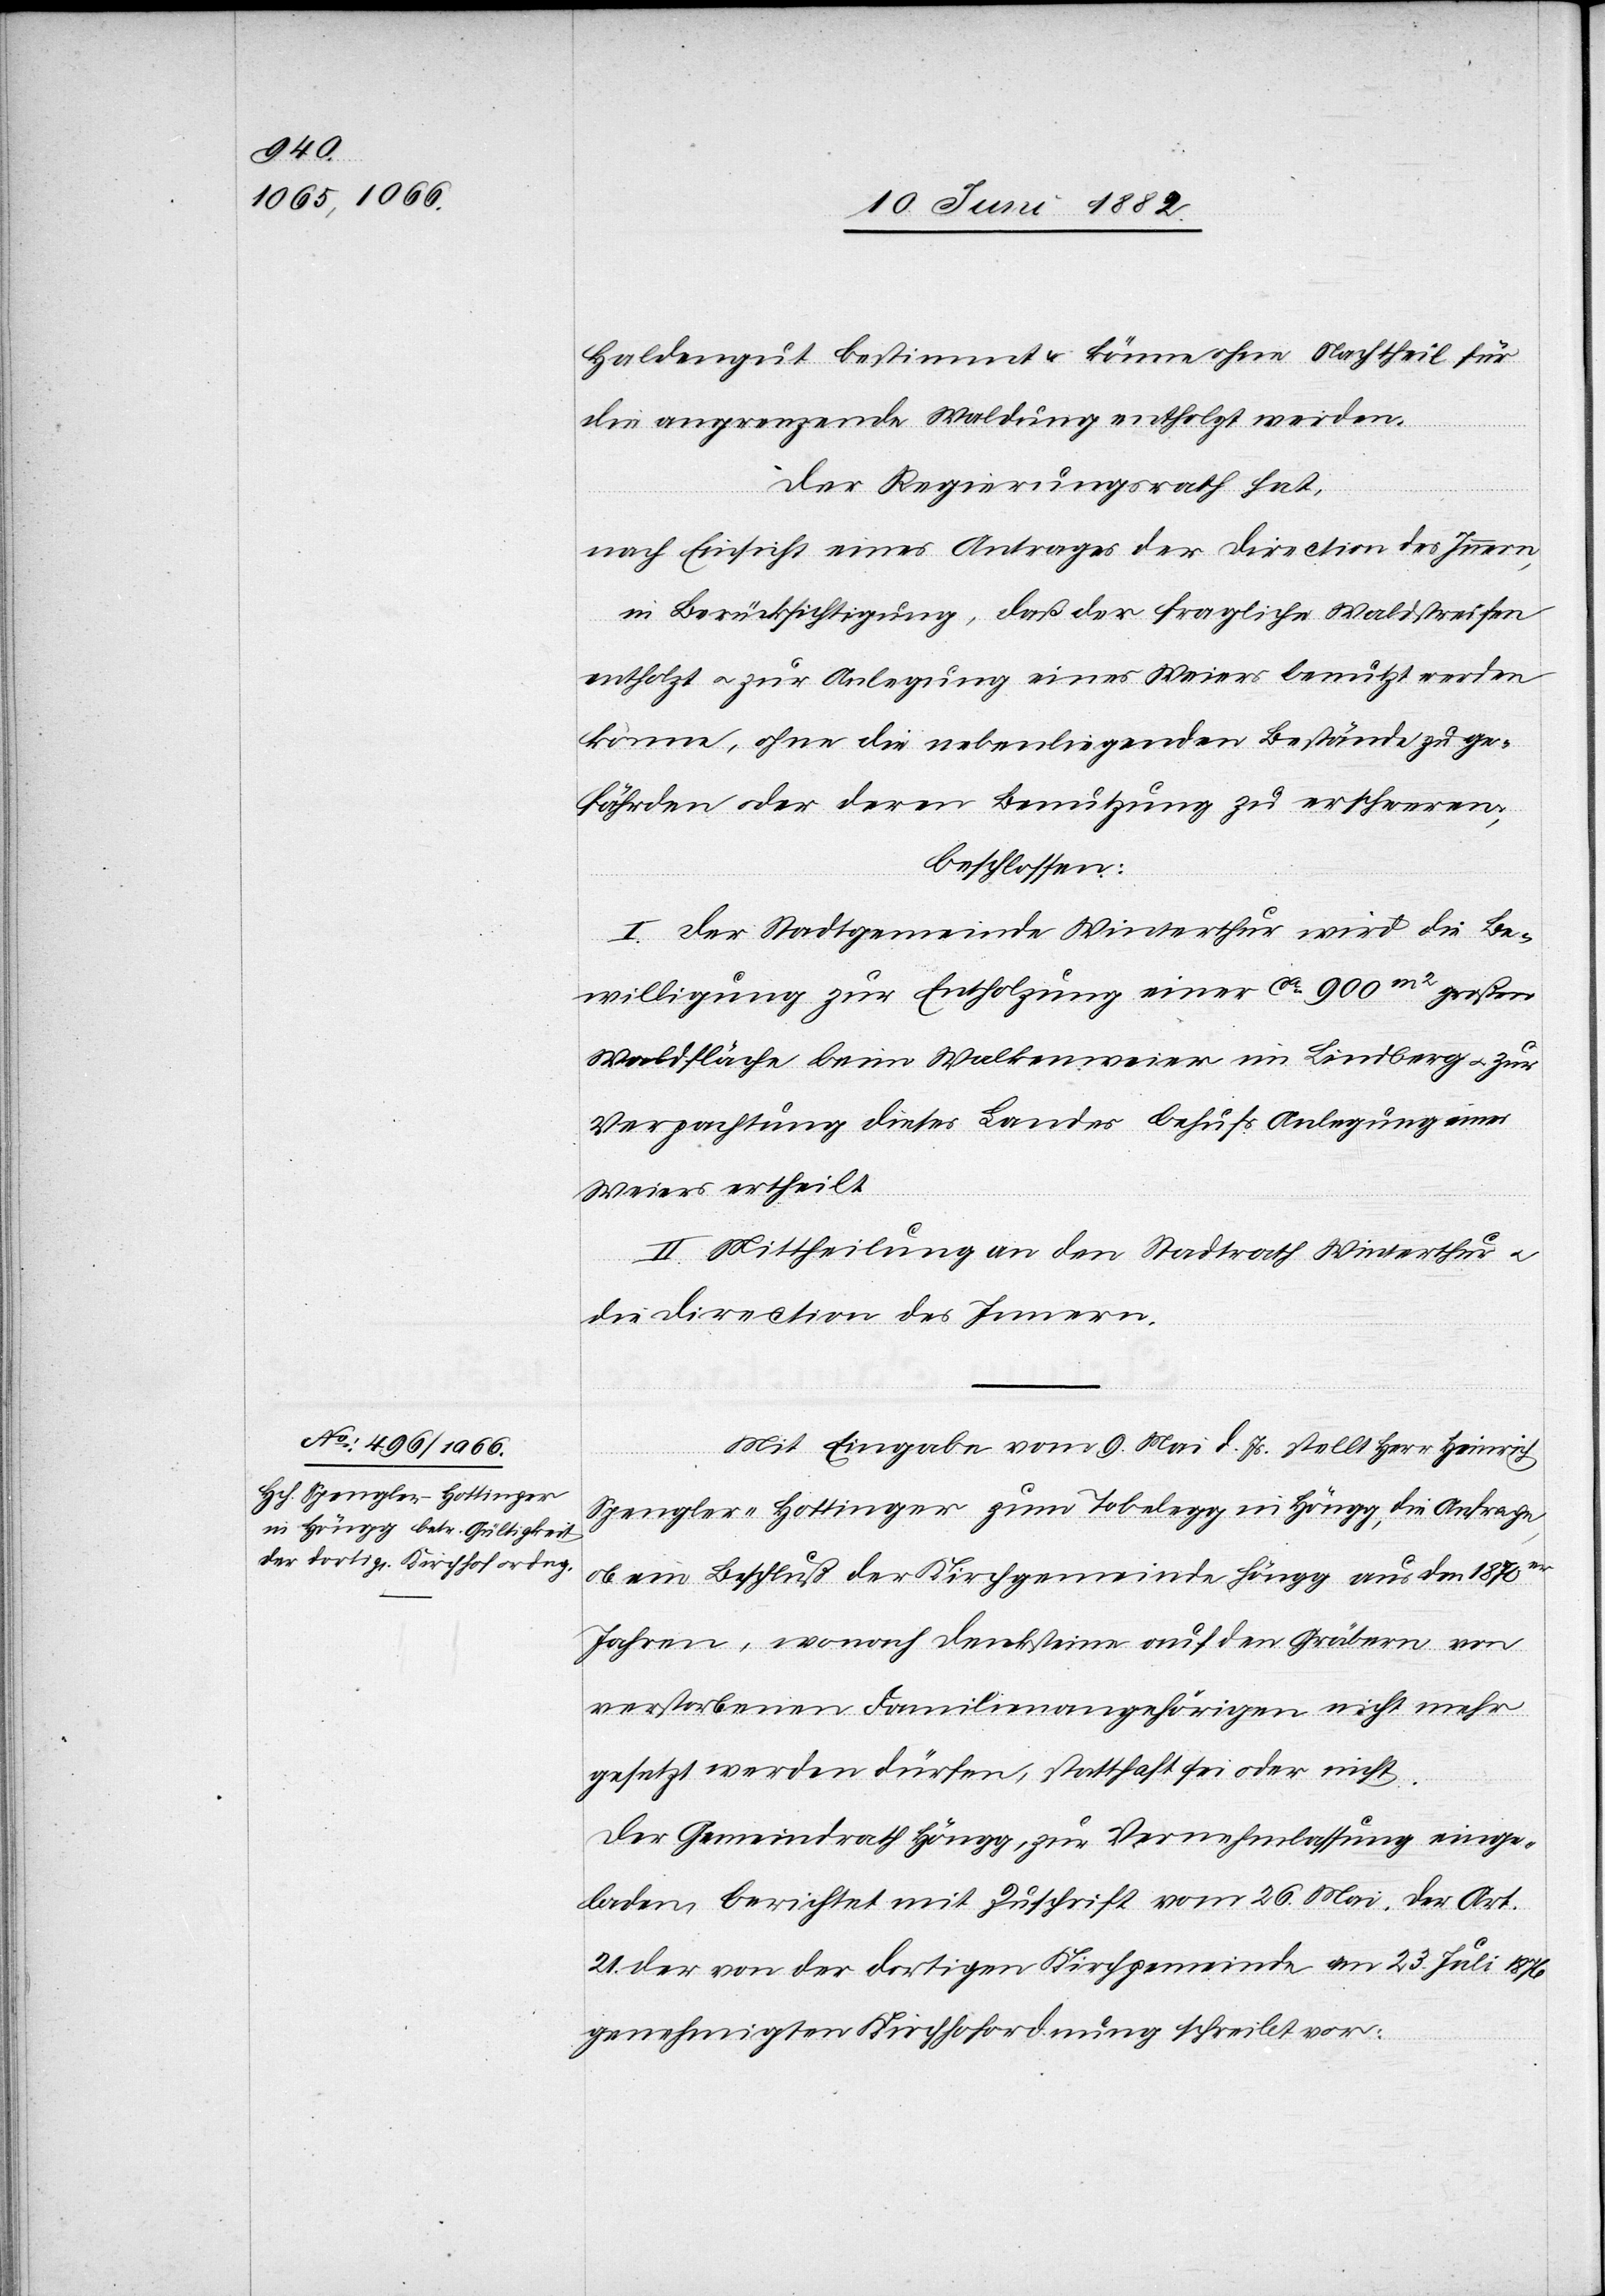
Haldengut bestimmt & könne ohne Nachtheil für
die angrenzende Waldung entholzt werden.
Der Regierungsrath hat,
nach Einsicht eines Antrages der Direction des Innern,
in Berücksichtigung, daß der fragliche Waldstreifen
entholzt u. zur Anlegung eines Weiers benutzt werden
könne, ohne die nebenliegenden Bestände zu ge¬
fährden oder deren Benutzung zu erschweren;
beschlossen:
I. Der Stadtgemeinde Winterthur wird die Be¬
willigung zur Entholzung einer ca 900m2 großen
Waldfläche beim Walkenweier [sic!] im Lindberg u. zur
Verpachtung dieses Landes behufs Anlegung eines
Weiers ertheilt.
II. Mittheilung an den Stadtrath Winterthur u.
die Direction des Innern.
Mit Eingabe vom 9. Mai d. Js. stellt Herr Heinrich
Spengler-Hottinger zum Tobelegg in Höngg, die Anfrage,
ob ein Beschluß der Kirchgemeinde Höngg aus den 1870er
Jahren, wonach Decksteine auf den Gräbern von
verstorbenen Familienangehörigen nicht mehr
gesetzt werden dürfen, statthaft sei oder nicht.
Der Gemeindrath Höngg, zur Vernehmlassung einge¬
laden, berichtet mit Zuschrift vom 26. Mai, der Art.
21 der von der dortigen Kirchgemeinde am 23. Juli 1876
genehmigten Kirchhofordnung schreibt vor: